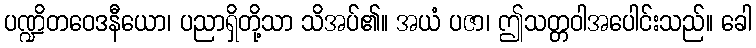
ပဏ္ဍိတဝေဒနီယော၊ ပညာရှိတို့သာ သိအပ်၏။ အယံ ပဇာ၊ ဤသတ္တဝါအပေါင်းသည်။ ခေါ